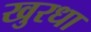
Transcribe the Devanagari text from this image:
खुरधा